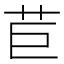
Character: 苣